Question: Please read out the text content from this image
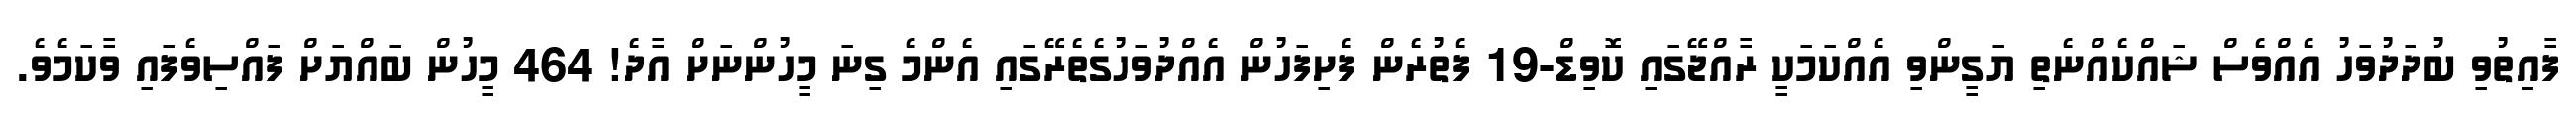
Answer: ފާއިތުވި ބުދަދުވަހު އެއްވެސް ޝައްކެއްނެތި ޔަގީންވި އެއްކަމަކީ ރާއްޖޭގައި ކޮވިޑް-19 ފެތުރެން ފެށިފަހުން އެއްދުވަހުގެތެރޭގައި އެންމެ ގިނަ މީހުންނަށް އާދެ! 464 މީހުން ބައްޔަށް ފައްސިވެފައި ވާކަމެވެ.